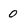
Character: 0